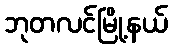
ဘုတလင်မြို့နယ်